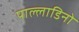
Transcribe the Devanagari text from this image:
पाल्लाडिनो